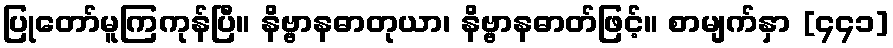
ပြုတော်မူကြကုန်ပြီ။ နိဗ္ဗာနဓာတုယာ၊ နိဗ္ဗာနဓာတ်ဖြင့်။ စာမျက်နှာ [၄၄၁]